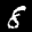
Label: 8